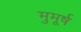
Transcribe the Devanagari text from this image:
मुमूर्ष